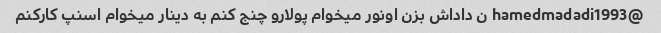
@hamedmadadi1993 ن داداش بزن اونور میخوام پولارو چنج کنم به دینار میخوام اسنپ کارکنم